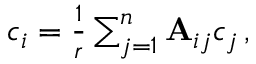
\begin{array} { r } { c _ { i } = \frac { 1 } { r } \sum _ { j = 1 } ^ { n } { \bf A } _ { i j } c _ { j } \, , } \end{array}